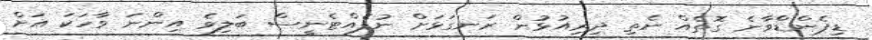
ޑިޕެންޑްވާނެ ގޮތެއް ނެތި ދިރިއުޅުން ރަނގަޅަށް ނުފެއްޓެނީސް ބަލިވެ އިންނަ ވާހަކަ އަށް